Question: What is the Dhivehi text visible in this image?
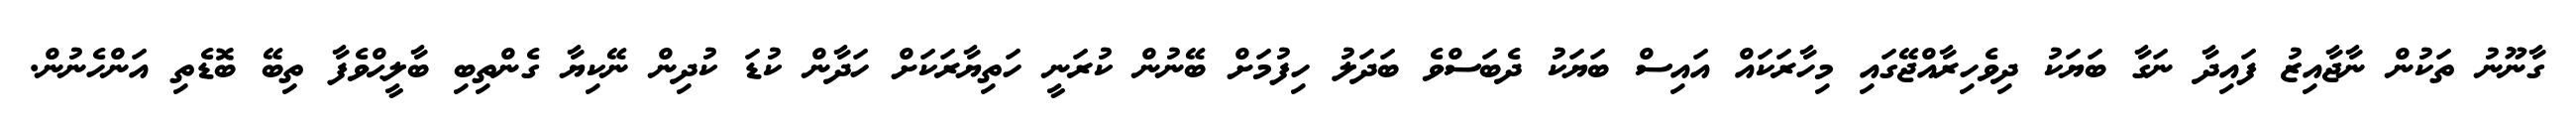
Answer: ގާނޫނު ތަކުން ނާޖާއިޒު ފައިދާ ނަގާ ބަޔަކު ދިވެހިރާއްޖޭގައި މިހާރަކައް އައިސް ބަޔަކު ދެބަސްވެ ބަދަލު ހިފުމަށް ބޭނުން ކުރަނީ ހަތިޔާރަކަށް ހަދާން ކުޑަ ކުދިން ނޭކިޔާ ގެންތިބި ބާލީޙްވެފާ ތިބޭ ބޮޑެތި އަންހެނުން.